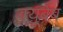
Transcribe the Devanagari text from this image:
क्यूबेब